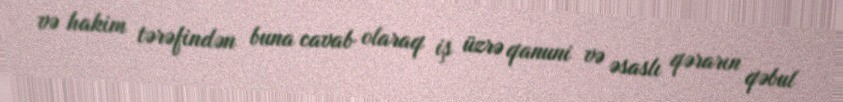
və hakim tərəfindən buna cavab olaraq iş üzrə qanuni və əsaslı qərarın qəbul